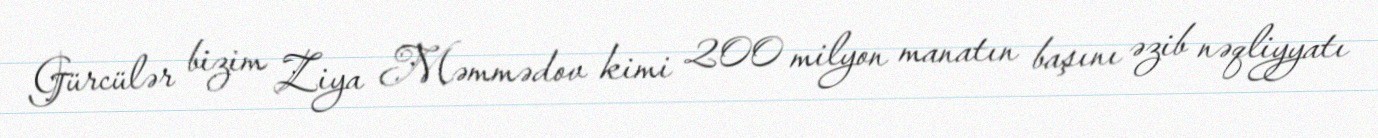
Gürcülər bizim Ziya Məmmədov kimi 200 milyon manatın başını əzib nəqliyyatı